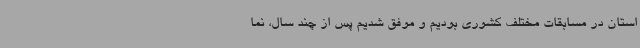
استان در مسابقات مختلف کشوری بودیم و موفق شدیم پس از چند سال، نما